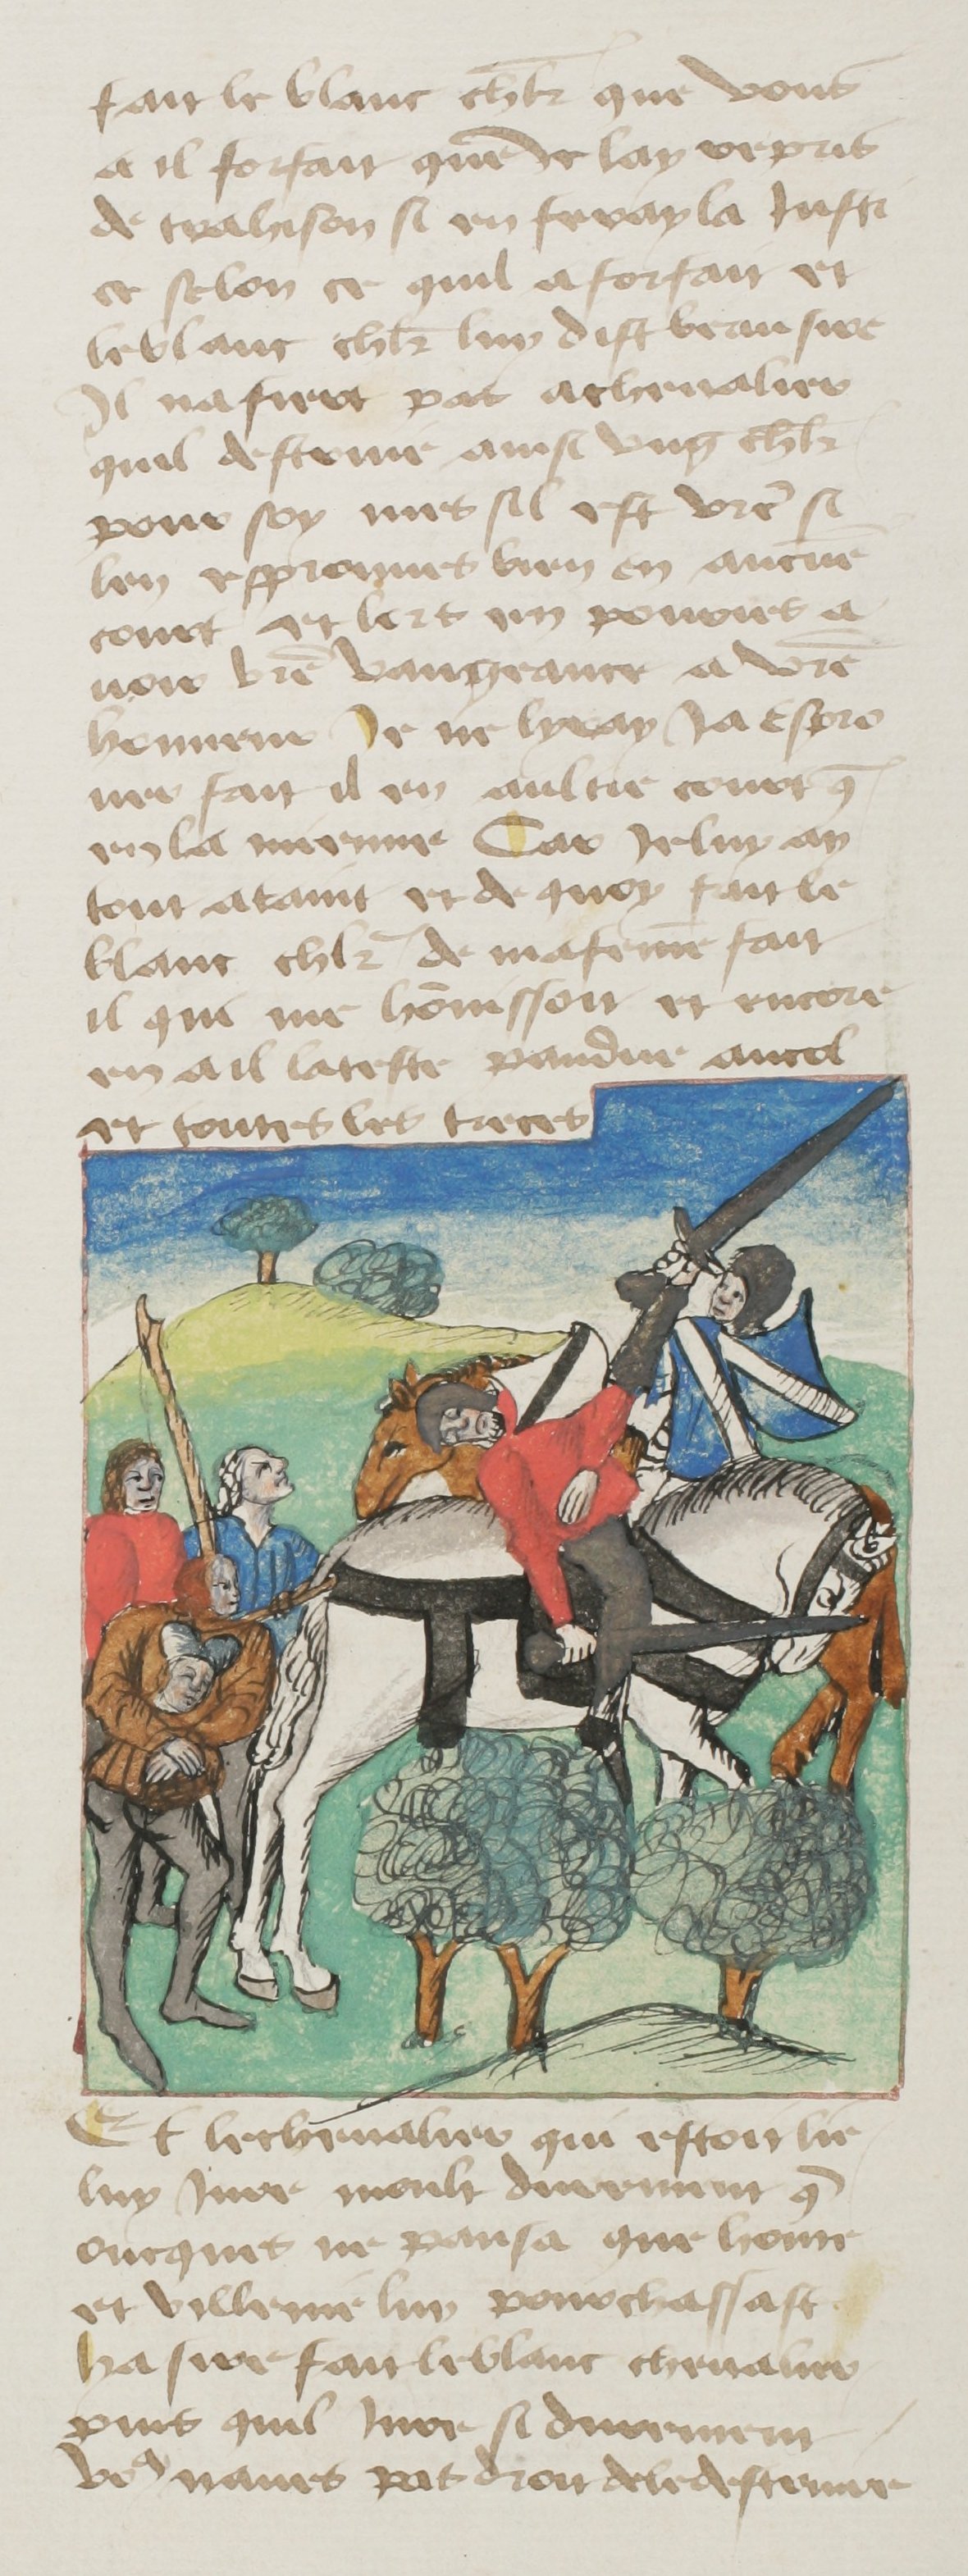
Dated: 1400–1499